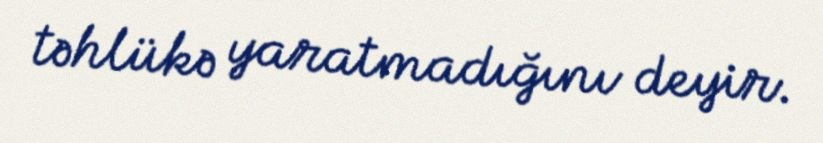
təhlükə yaratmadığını deyir.